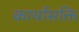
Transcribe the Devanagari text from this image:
कार्यासक्ति